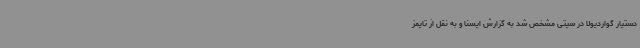
دستیار گواردیولا در سیتی مشخص شد به گزارش ایسنا و به نقل از تایمز